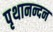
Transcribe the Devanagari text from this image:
पृथानन्दन